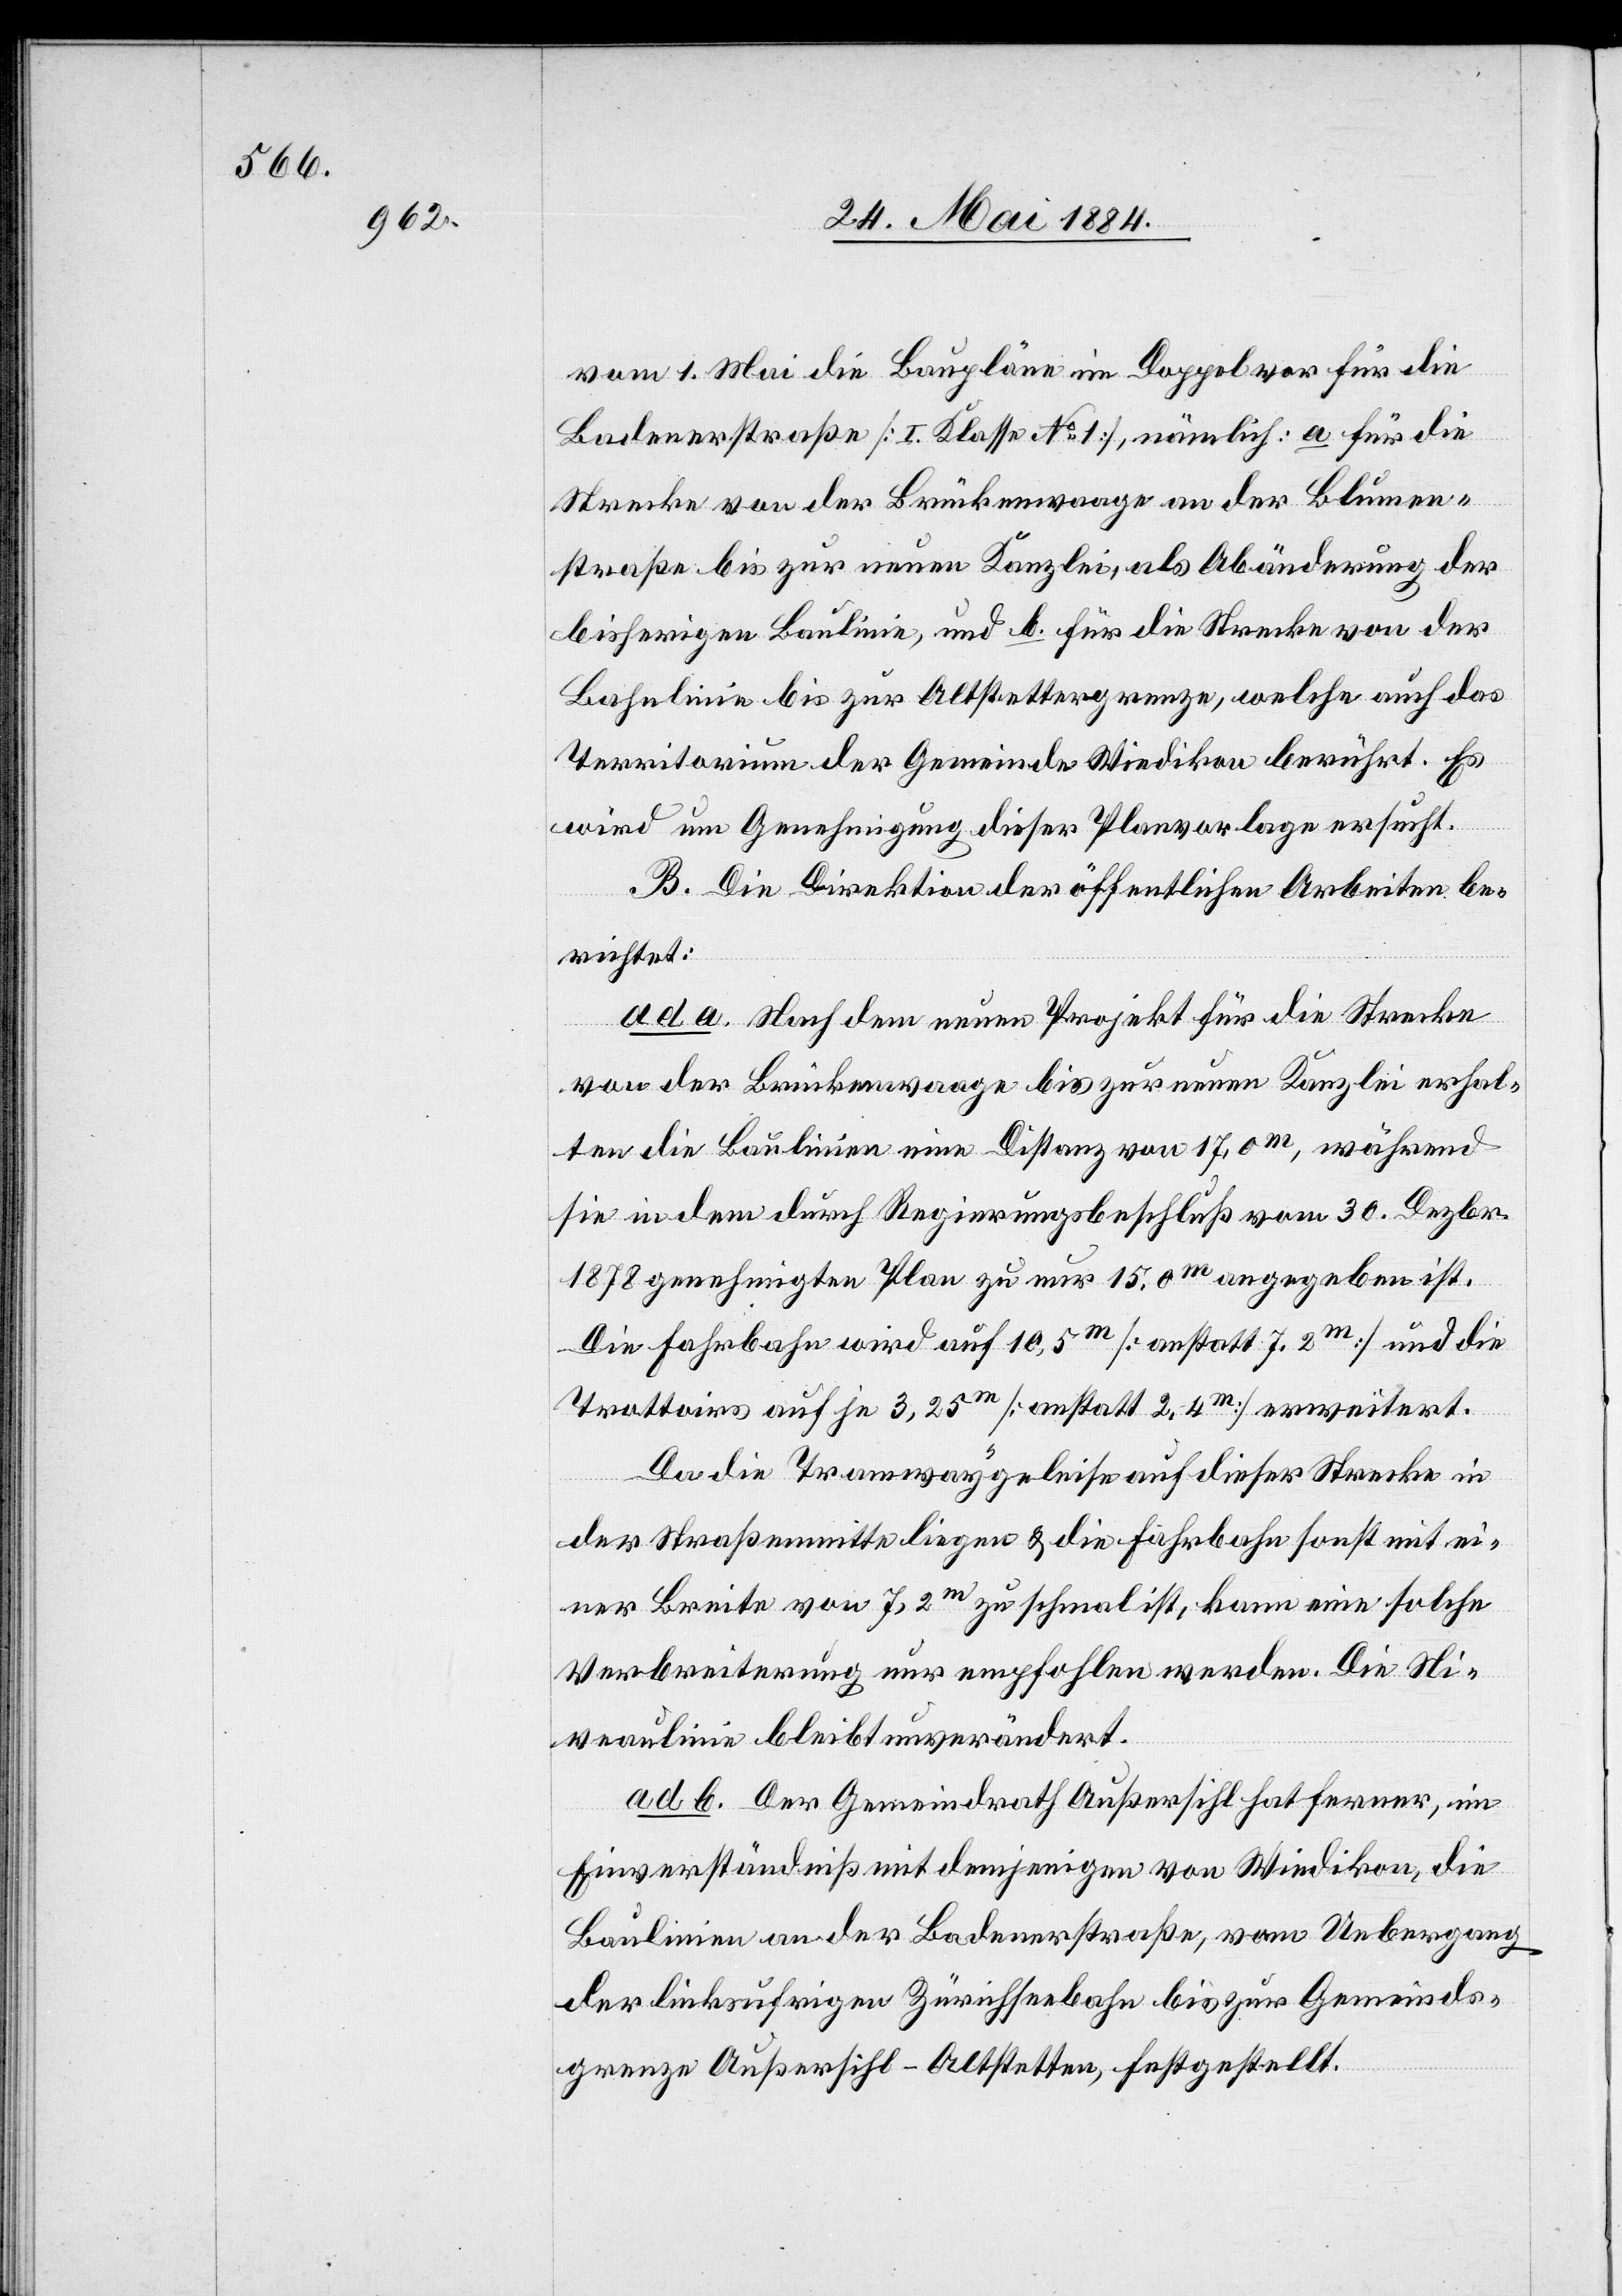
vom 1. Mai die Baupläne im Doppel vor für die
Badenerstraße [I. Klasse No 1], nämlich: a. für die
Strecke von der Brückenwaage an der Blumen¬
straße bis zur neuen Kanzlei, als Abänderung der
bisherigen Baulinie, und b. für die Strecke von der
Bahnlinie bis zur Altstettergrenze, welche auch das
Territorium der Gemeinde Wiedikon berührt. Es
wird um Genehmigung dieser Planvorlage ersucht.
B. Die Direktion der öffentlichen Arbeiten be¬
richtet:
ad a. Nach dem neuen Projekt für die Strecke
von der Brückenwaage bis zur neuen Kanzlei erhal¬
ten die Baulinien eine Distanz von 17,0m, während
sie in dem durch Regierungsbeschluß vom 30. Dezbr.
1878 genehmigten Plan zu nur 15,0m angegeben ist.
Die Fahrhabe wird auf 10,5m [anstatt 7,2m] und die
Trottoirs auf je 3,25m [anstatt 2,4m] erweitert.
Da die Tramwaygeleise auf dieser Strecke in
der Straßenmitte liegen & die Fahrbahn sonst mit ei¬
ner Breite von 7,2m zu schmal ist, kann eine solche
Verbreiterung nur empfohlen werden. Die Ni¬
veaulinie bleibt unverändert.
ad b. Der Gemeindrath Außersihl hat ferner, im
Einverständniß mit demjenigen von Wiedikon, die
Baulinien an der Badenerstraße, vom Uebergang
der linksufrigen Zürichseebahn bis zur Gemeinds¬
grenze Außersihl–Altstetten, festgestellt.